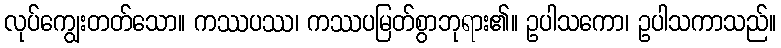
လုပ်ကျွေးတတ်သော။ ကဿပဿ၊ ကဿပမြတ်စွာဘုရား၏။ ဥပါသကော၊ ဥပါသကာသည်။